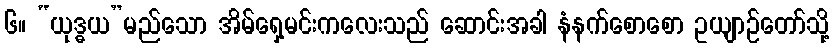
၆။ “ယုဒ္ဓယ”မည်သော အိမ်ရှေ့မင်းကလေးသည် ဆောင်းအခါ နံနက်စောစော ဥယျာဉ်တော်သို့